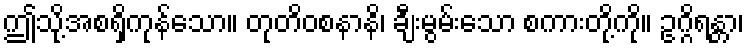
ဤသို့အစရှိကုန်သော။ တုတိဝစနာနိ၊ ချီးမွမ်းသော စကားတို့ကို။ ဥဂ္ဂိရန္တာ၊